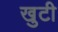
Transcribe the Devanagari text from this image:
खुटी